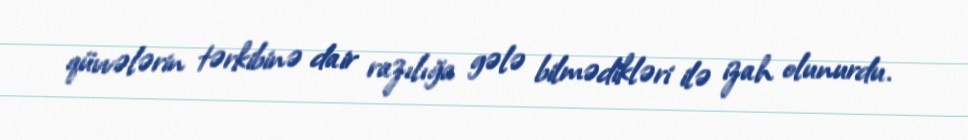
qüvvələrin tərkibinə dair razılığa gələ bilmədikləri ilə izah olunurdu.